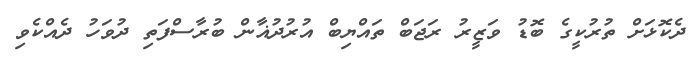
ދެކޮޅަށް ތުރުކީގެ ބޮޑު ވަޒީރު ރަޖަބް ތައްޔިބް އުރުދުޣާން ބުރާސްފަތި ދުވަހު ދެއްކެވި